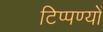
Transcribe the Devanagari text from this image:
टिप्पण्यों